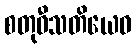
စတုဝီသတိယေဝ